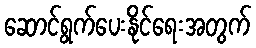
ဆောင်ရွက်ပေးနိုင်ရေးအတွက်